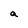
Character: a